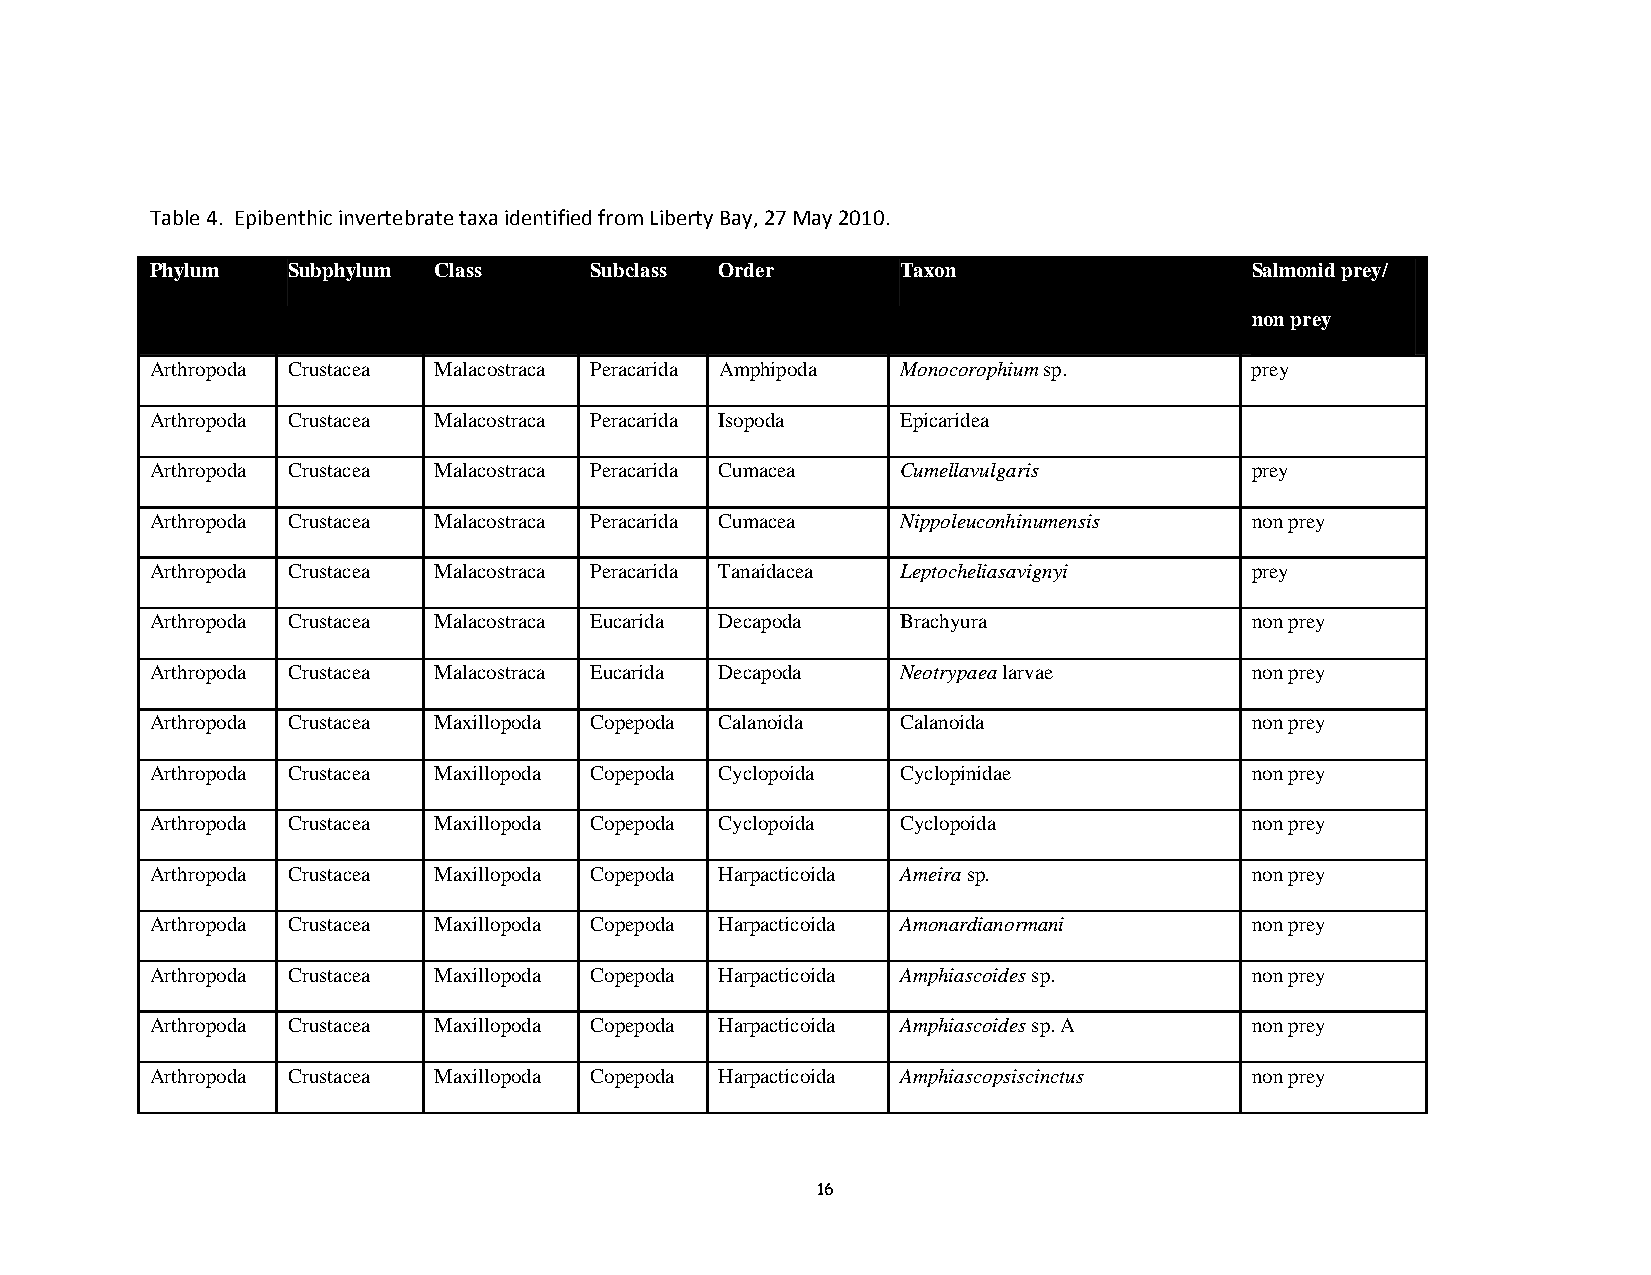
Table 4. Epibenthic invertebrate taxa identified from Liberty Bay, 27 May 2010.
 Phylum   Subphylum Class     Subclass Order       Taxon                  Salmonid prey/
 non prey
 Arthropoda Crustacea Malacostraca Peracarida Amphipoda Monocorophium sp. prey
 Arthropoda Crustacea Malacostraca Peracarida Isopoda Epicaridea
 Arthropoda Crustacea Malacostraca Peracarida Cumacea Cumellavulgaris     prey
 Arthropoda Crustacea Malacostraca Peracarida Cumacea Nippoleuconhinumensis non prey
 Arthropoda Crustacea Malacostraca Peracarida Tanaidacea Leptocheliasavignyi prey
 Arthropoda Crustacea Malacostraca Eucarida Decapoda Brachyura            non prey
 Arthropoda Crustacea Malacostraca Eucarida Decapoda Neotrypaea larvae    non prey
 Arthropoda Crustacea Maxillopoda Copepoda Calanoida Calanoida            non prey
 Arthropoda Crustacea Maxillopoda Copepoda Cyclopoida Cyclopinidae        non prey
 Arthropoda Crustacea Maxillopoda Copepoda Cyclopoida Cyclopoida          non prey
 Arthropoda Crustacea Maxillopoda Copepoda Harpacticoida Ameira sp.       non prey
 Arthropoda Crustacea Maxillopoda Copepoda Harpacticoida Amonardianormani non prey
 Arthropoda Crustacea Maxillopoda Copepoda Harpacticoida Amphiascoides sp. non prey
 Arthropoda Crustacea Maxillopoda Copepoda Harpacticoida Amphiascoides sp. A non prey
 Arthropoda Crustacea Maxillopoda Copepoda Harpacticoida Amphiascopsiscinctus non prey
 16